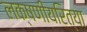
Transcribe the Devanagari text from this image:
लक्षणीयरित्या